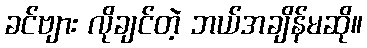
ခင်ဗျား လိုချင်တဲ့ ဘယ်အချိန်မဆို။